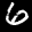
Label: 6